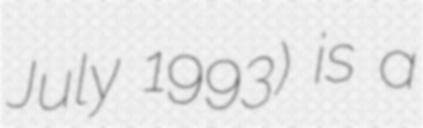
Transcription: July 1993) is a